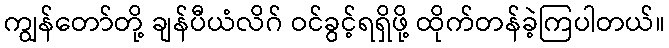
ကျွန်တော်တို့ ချန်ပီယံလိဂ် ဝင်ခွင့်ရရှိဖို့ ထိုက်တန်ခဲ့ကြပါတယ်။